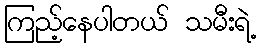
ကြည့်နေပါတယ် သမီးရဲ့